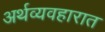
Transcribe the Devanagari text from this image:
अर्थव्यवहारात